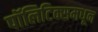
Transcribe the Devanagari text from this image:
पॉलिटिक्समधून